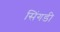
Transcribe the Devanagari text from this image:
सिंगडी